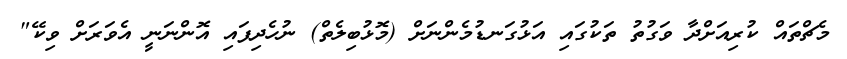
މެޗްތައް ކުރިއަށްދާ ވަގުތު ތަކުގައި އަޅުގަނޑުމެންނަށް (މޮޅުބިލެތް) ނުހެދިފައި އޮންނަނީ އެވަރަށް ވިކޭ"